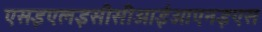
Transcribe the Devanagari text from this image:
एसइएलइसीसीआईओएनइएस